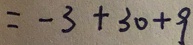
= - 3 + 3 0 + 9